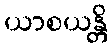
ယာစယန္တိ